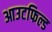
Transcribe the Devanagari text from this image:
आउटफिल्ड